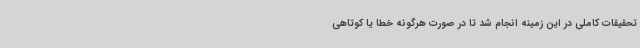
تحقیقات کاملی در این زمینه انجام شد تا در صورت هرگونه خطا یا کوتاهی